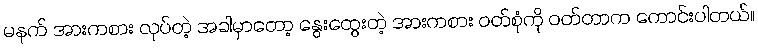
မနက် အားကစား လုပ်တဲ့ အခါမှာတော့ နွေးထွေးတဲ့ အားကစား ဝတ်စုံကို ဝတ်တာက ကောင်းပါတယ်။